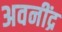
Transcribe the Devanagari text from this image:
अवनींद्र